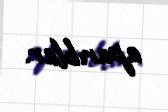
aparıblar.